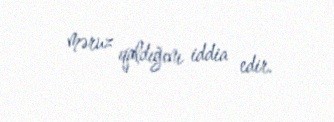
məruz qaldığını iddia edir.